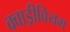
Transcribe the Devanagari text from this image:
क्वाड्रीवियम